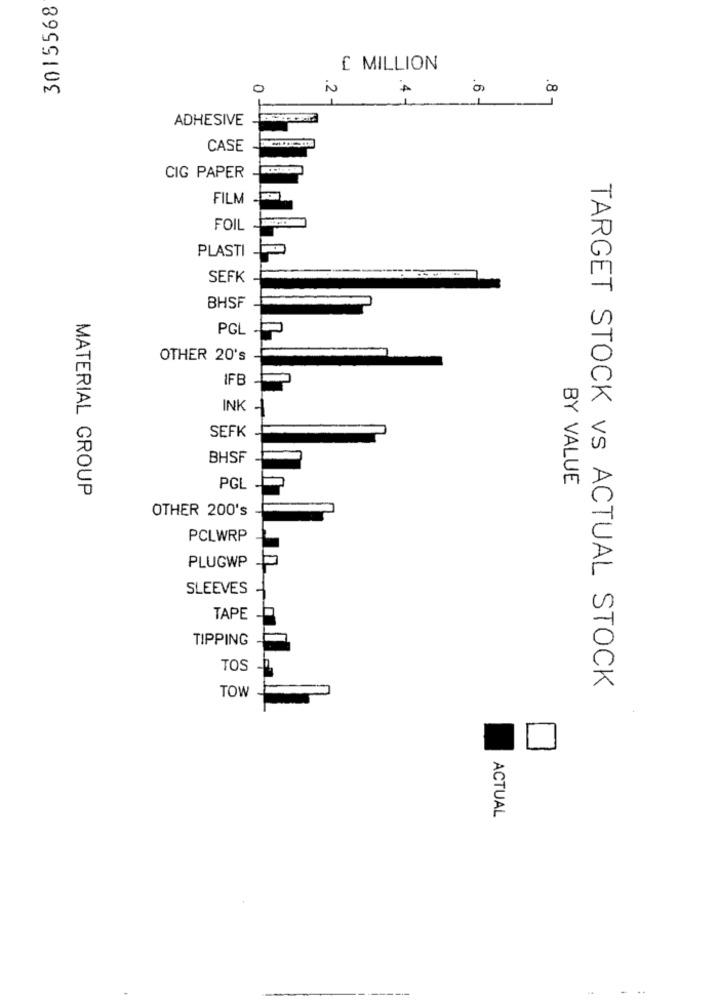
3015568
£ MILLION
0
.2
.4
.8 -
ADHESIVE
CASE
CIG PAPER
FILM
FOIL
PLASTI
SEFK
BHSF
PGL
OTHER 20's
IFE
INK
SEFK
BHSF
BY VALUE
MATERIAL GROUP
PGL
OTHER 200's
PCLWRP
PLUGWP
SLEEVES
TAPE
TIPPING
TOS
TOW
TARGET STOCK vs ACTUAL STOCK
ACTUAL